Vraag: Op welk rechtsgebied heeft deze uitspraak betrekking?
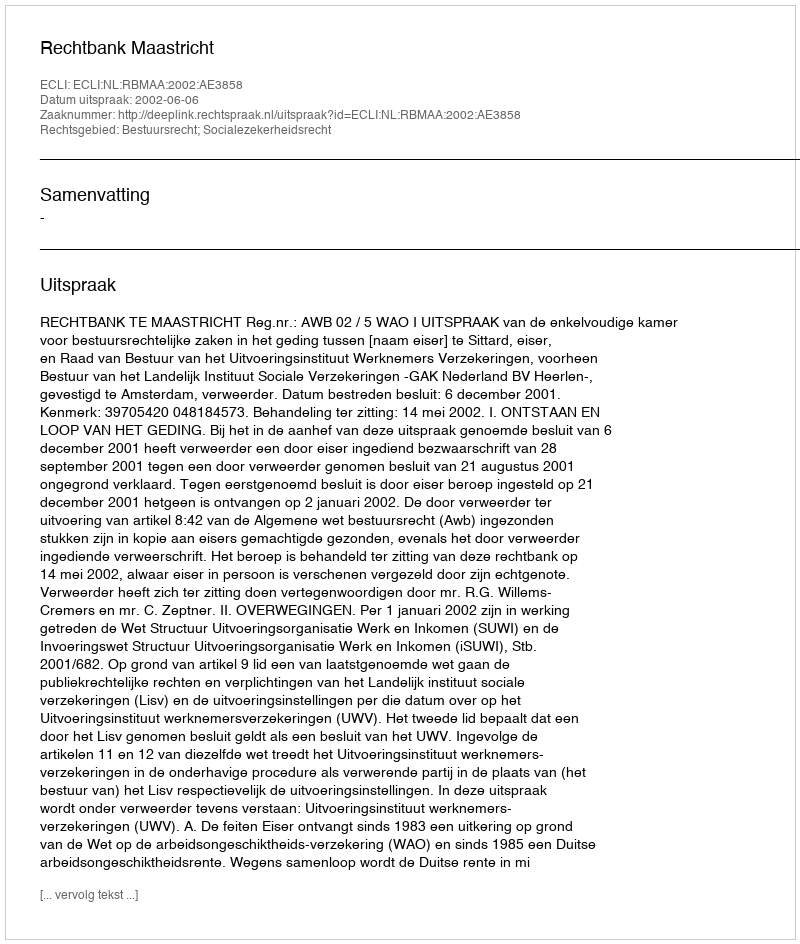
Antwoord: Bestuursrecht; Socialezekerheidsrecht